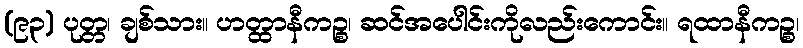
(၉၃) ပုတ္တ၊ ချစ်သား။ ဟတ္ထာနီကဉ္စ၊ ဆင်အပေါင်းကိုလည်းကောင်း။ ရထာနီကဉ္စ၊